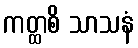
ကတ္ထစိ သာသနံ